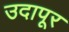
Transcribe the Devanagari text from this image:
उदापूर